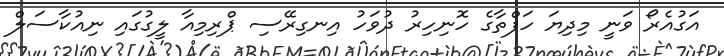
އަގުއެރޯ ވަނީ މިދިޔަ ހަފްތާގެ ހޮނިހިރު ދުވަހު އިނގިރޭސި ޕްރިމިއާ ލީގުގައި ނިއުކާސަލް